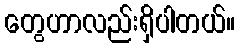
တွေဟာလည်းရှိပါတယ်။